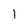
Character: 1